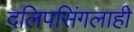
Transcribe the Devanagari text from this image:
दलिपसिंगलाही